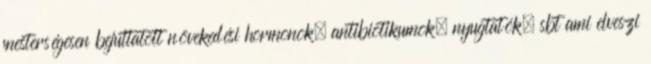
mesterségesen bejuttatott növekedési hormonok, antibiotikumok, nyugtatók, sbt ami elveszi